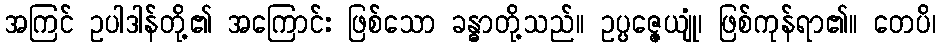
အကြင် ဥပါဒါန်တို့၏ အကြောင်း ဖြစ်သော ခန္ဓာတို့သည်။ ဥပ္ပဇ္ဇေယျုံ၊ ဖြစ်ကုန်ရာ၏။ တေပိ၊